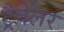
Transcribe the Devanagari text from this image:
ट्रैवेलर